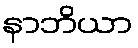
နာဘိယာ